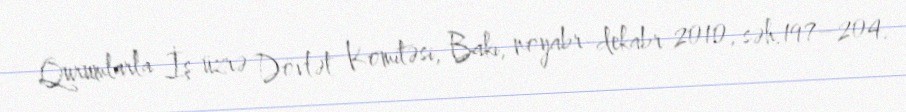
Qurumlarla İş üzrə Dövlət Komitəsi, Bakı, noyabr-dekabr 2010, səh.197–204.